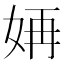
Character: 𫰝